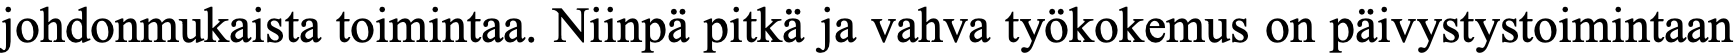
johdonmukaista toimintaa. Niinpä pitkä ja vahva työkokemus on päivystystoimintaan